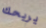
يريحك